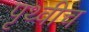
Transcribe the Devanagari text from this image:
पृथ्वीच